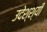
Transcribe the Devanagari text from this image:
उदेश्श्यी